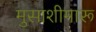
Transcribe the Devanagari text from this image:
मुसाशीमारू